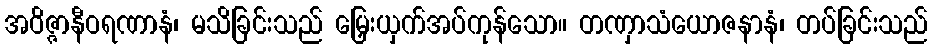
အဝိဇ္ဇာနီဝရဏာနံ၊ မသိခြင်းသည် မြှေးယှက်အပ်ကုန်သော။ တဏှာသံယောဇနာနံ၊ တပ်ခြင်းသည်